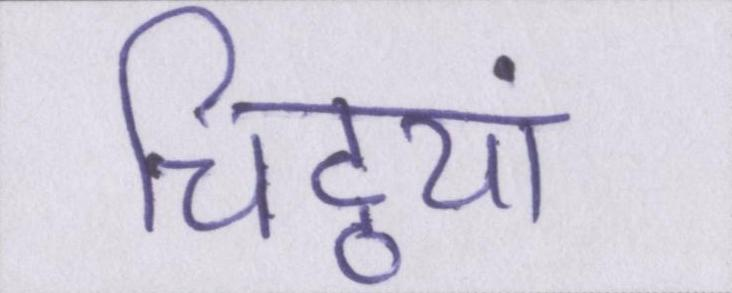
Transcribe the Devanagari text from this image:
चिट्ठयां